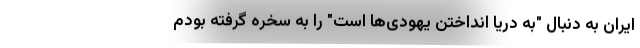
ایران به دنبال "به دریا انداختن یهودی‌ها است" را به سخره گرفته بودم